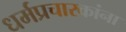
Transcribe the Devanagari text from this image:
धर्मप्रचारकांना